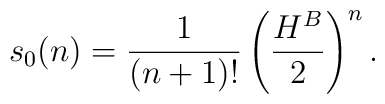
s_{0}(n)= \frac{1}{(n+1)!} \left( \frac{H^{B}}{2} \right)^{n}.